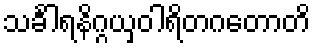
သင်္ခါရနိဂ္ဂယှဝါရိတဂတောတိ